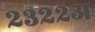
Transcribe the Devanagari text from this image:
२३२२अ